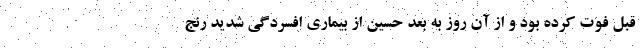
قبل فوت کرده بود و از آن روز به بعد حسین از بیماری افسردگی شدید رنج